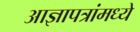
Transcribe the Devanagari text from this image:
आज्ञापत्रांमध्ये